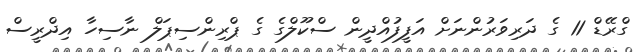
ގްރޭޑް 11 ގެ ދަރިވަރުންނަށް އަފީފުއްދީން ސްކޫލްގެ ގެ ޕްރިންސިޕަލް ނާސިހާ އިދްރީސް